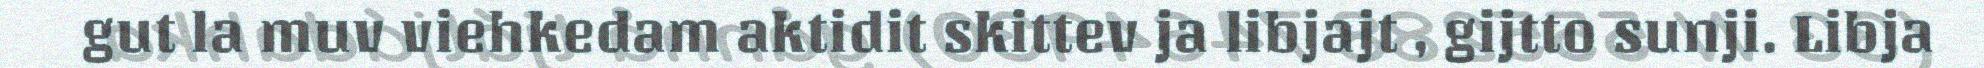
gut la muv viehkedam aktidit skittev ja libjajt , gijtto sunji. Libja